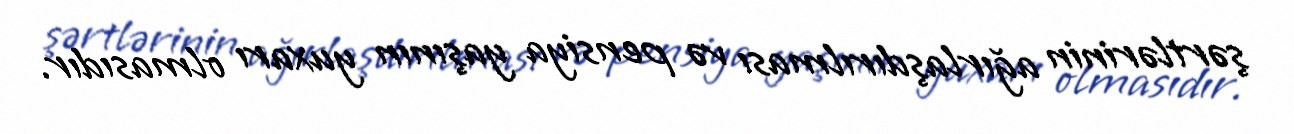
şərtlərinin ağırlaşdırılması və pensiya yaşının yuxarı olmasıdır.